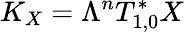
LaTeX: K_{X}=\Lambda^{n}T_{1,0}^{*}X